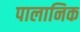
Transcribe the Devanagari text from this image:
पालानिक